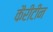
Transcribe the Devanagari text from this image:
कैरीटीन